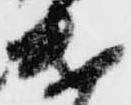
遣